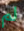
لم